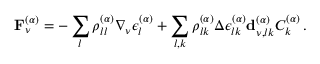
\mathbf { F } _ { \nu } ^ { ( \alpha ) } = - \sum _ { l } \rho _ { l l } ^ { ( \alpha ) } \nabla _ { \nu } \epsilon _ { l } ^ { ( \alpha ) } + \sum _ { l , k } \rho _ { l k } ^ { ( \alpha ) } \Delta \epsilon _ { l k } ^ { ( \alpha ) } \mathbf { d } _ { \nu , l k } ^ { ( \alpha ) } C _ { k } ^ { ( \alpha ) } \, .